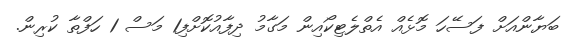
ބަޔާންއަށް ފަސޭހަ މޮޅެއް އެތްލެޓިކޯއިން މަގާމު ދިފާއުކޮށްފި1 މަސް 1 ހަފްތާ ކުރިން.